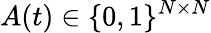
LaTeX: A(t)\in\{ 0,1\} ^{N\times N}